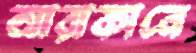
আরাকানে